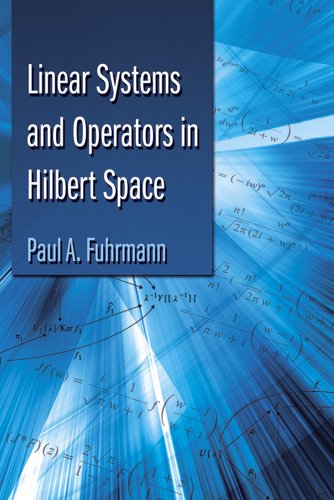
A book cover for Linear Systems and Operators in Hilbert Space (Dover Books on Mathematics); Paul A. Fuhrmann; Science & Math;